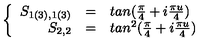
\left\{ \begin{array} { r c l } { S _ { 1 ( 3 ) , 1 ( 3 ) } } & { = } & { t a n ( \frac { \pi } { 4 } + i \frac { \pi u } { 4 } ) } \\ { S _ { 2 , 2 } } & { = } & { t a n ^ { 2 } ( \frac { \pi } { 4 } + i \frac { \pi u } { 4 } ) \nonumber } \\ \end{array} \right.